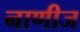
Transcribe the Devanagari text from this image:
नाणीज